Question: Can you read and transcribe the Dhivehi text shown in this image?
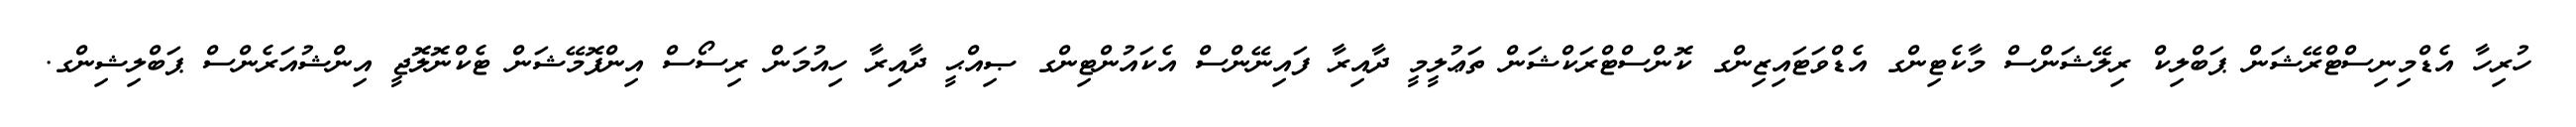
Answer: ހުރިހާ އެޑްމިނިސްޓްރޭޝަން ޕަބްލިކް ރިލޭޝަންސް މާކެޓިންގ އެޑްވަޓައިޒިންގ ކޮންސްޓްރަކްޝަން ތަޢުލީމީ ދާއިރާ ފައިނޭންސް އެކައުންޓިންގ ޞިއްޙީ ދާއިރާ ހިއުމަން ރިސޯސް އިންފޮމޭޝަން ޓެކްނޮލޮޖީ އިންޝުއަރެންސް ޕަބްލިޝިންގ.